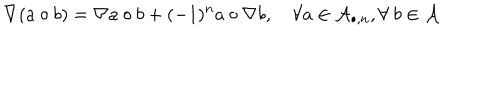
\nabla ( a \circ b ) = \nabla a \circ b + ( - 1 ) ^ { n } a \circ \nabla b , \quad \forall a \in { \cal A } _ { \bullet , n } , \forall ~ b \in { \cal A }